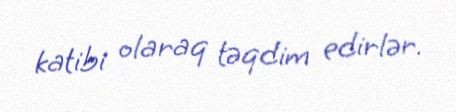
katibi olaraq təqdim edirlər.